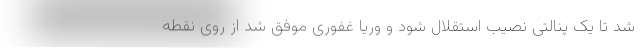
شد تا یک پنالتی نصیب استقلال شود و وریا غفوری موفق شد از روی نقطه